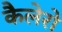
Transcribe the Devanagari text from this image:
कैलेरो